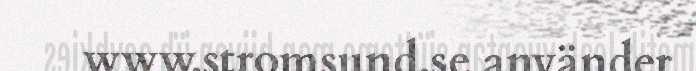
www.stromsund.se använder